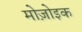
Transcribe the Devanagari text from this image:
मोज़ोइक